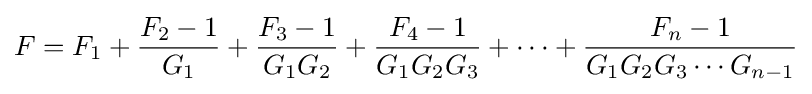
F=F_{1}+{\frac {F_{2}-1}{G_{1}}}+{\frac {F_{3}-1}{G_{1}G_{2}}}+{\frac {F_{4}-1}{G_{1}G_{2}G_{3}}}+\cdots +{\frac {F_{n}-1}{G_{1}G_{2}G_{3}\cdots G_{n-1}}}